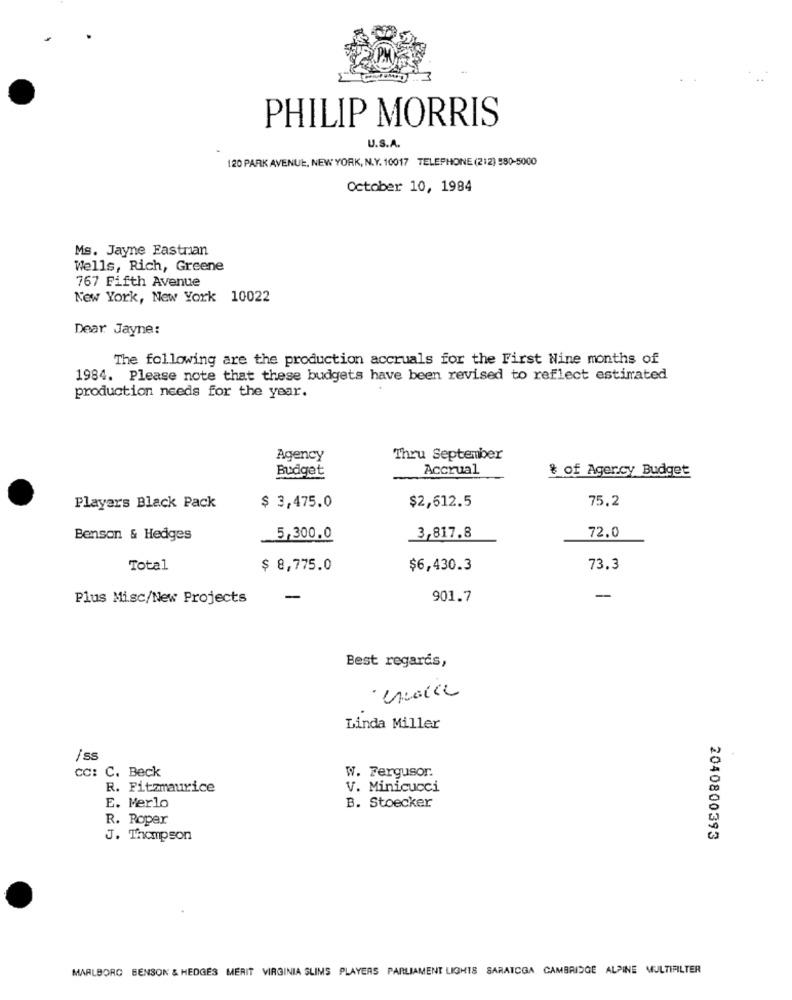
PHILIP MORRIS
U.S.A.
120 PARK AVENUE, NEW YORK, N.Y. 10017 TELEPHONE (212) 980-5000
October 10, 1984
Ms. Jayne Eastrian
Wells, Rich, Greene
767 Fifth Avenue
New York, New York 10022
Dear Jayne:
The following are the production accruals for the First Nine months of
1984. Please note that these budgets have been revised to reflect estimated
production needs for the year.
Agency
Thru September
Budget
Accrual
& of Ager.cy Budget
$2,612.5
75,2
Players Black Pack
$ 3,475.0
Benson & Hedges
5,300.0
3,817.8
72.0
Total
$ 8,775.0
$6,430.3
73.3
Plus Misc/New Projects
-
901.7
-
Best regards,
Linda Miller
/ss
cc: C. Beck
W. Fergusor.
R. Fitzmaurice
V. Minicucci
E. Merlo
B. Stoecker
R. Roper
J. Thompson
2040800393
MARLBORO BENSON & HEDGES MERIT VIRGINIA SLIMS PLAYERS PARLIAMENT LIGHTS SARATOGA CAMBRIDGE ALPINE MULTIFILTER